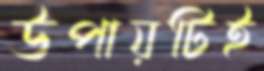
উপায়টিই